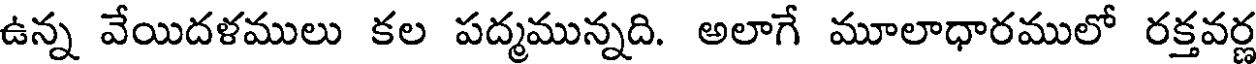
ఉన్న వేయిదళములు కల పద్మమున్నది. అలాగే మూలాధారములో రక్తవర్ణ